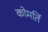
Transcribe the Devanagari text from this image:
कोमर्ति